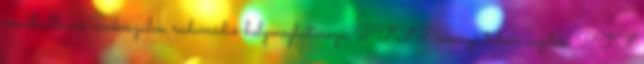
rövidhullámú vevőkészülék, radarrádió-helymeghatározó, PTF 7 könnyű tábori vezeték, PTF